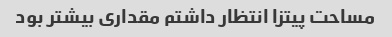
مساحت پیتزا انتظار داشتم مقداری بیشتر بود